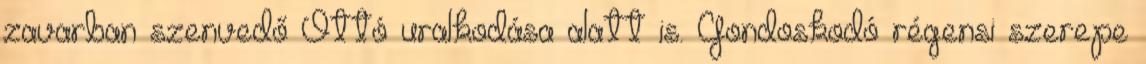
zavarban szenvedő Ottó uralkodása alatt is. Gondoskodó régensi szerepe